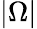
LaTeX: |\Omega|